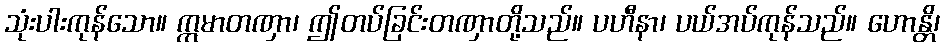
သုံးပါးကုန်သော။ ဣမာတဏှာ၊ ဤတပ်ခြင်းတဏှာတို့သည်။ ပဟီနာ၊ ပယ်အပ်ကုန်သည်။ ဟောန္တိ၊